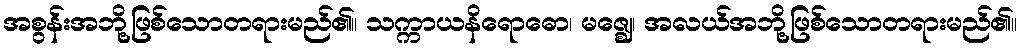
အစွန်းအဘို့ဖြစ်သောတရားမည်၏။ သက္ကာယနိရောဓော၊ မဇ္ဈေ၊ အလယ်အဘို့ဖြစ်သောတရားမည်၏။